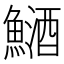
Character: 鿐